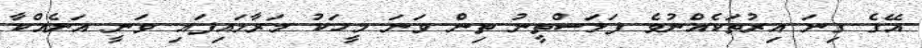
އޭގެ ގިނަ އިރުތަކެއްނުވެ ފަލަސްތީނު ތިން ވަނަ މީހަކު މަރާލައިފައި ވަނީ އަނެއްކާ